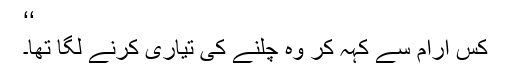
‘‘
کس آرام سے کہہ کر وہ چلنے کی تیاری کرنے لگا تھا۔